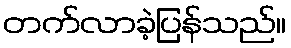
တက်လာခဲ့ပြန်သည်။